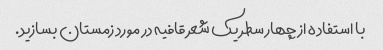
با استفاده از چهار سطر یک شعر قافیه در مورد زمستان بسازید.